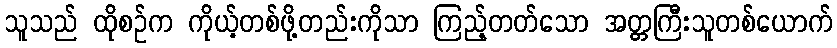
သူသည် ထိုစဉ်က ကိုယ့်တစ်ဖို့တည်းကိုသာ ကြည့်တတ်သော အတ္တကြီးသူတစ်ယောက်